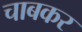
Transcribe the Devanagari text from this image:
चाबकर